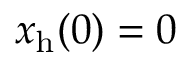
x _ { \mathrm { h } } ( 0 ) = 0